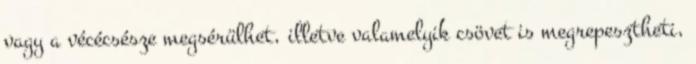
vagy a vécécsésze megsérülhet, illetve valamelyik csövet is megrepesztheti,